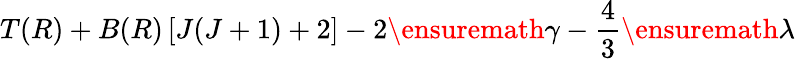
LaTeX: T(R)+B(R)\left[J(J+1)+2\right]-2\ensuremath{\gamma}-\frac{4}{3}\ensuremath{\lambda}